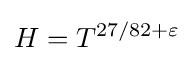
H=T^{27/82+\varepsilon }